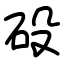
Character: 砓